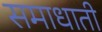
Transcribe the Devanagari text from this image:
समाधाती